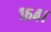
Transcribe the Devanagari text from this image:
१६४।